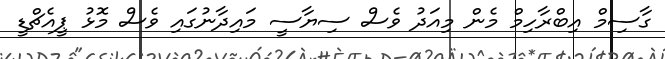
ގާސިމް އިބްރާހިމް މެން މިއަދު ވެސް ސިޔާސީ މައިދާނުގައި ވެސް މޮޅު ޕީއެޗްޑީ